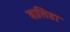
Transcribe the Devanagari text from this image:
वासिडा